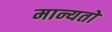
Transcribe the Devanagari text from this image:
मान्यतो